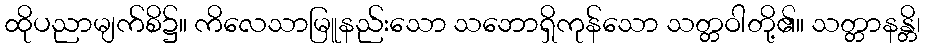
ထိုပညာမျက်စိ၌။ ကိလေသာမြူနည်းသော သဘောရှိကုန်သော သတ္တဝါတို့၏။ သတ္တာနန္တိ၊